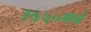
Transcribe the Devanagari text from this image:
१७७०मध्ये